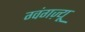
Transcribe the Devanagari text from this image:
ग्वंगज़्यू